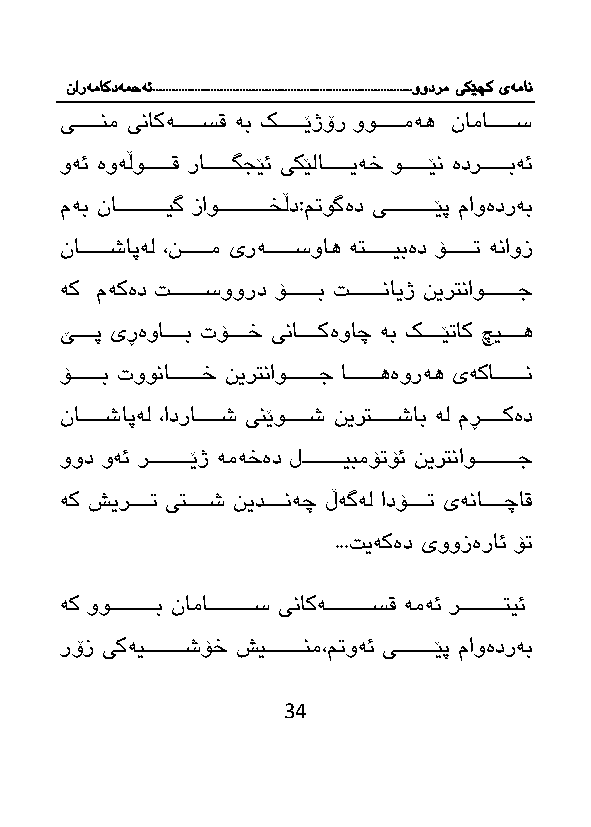
نارەماکدەمحە ئ.................................................................................وودرم یکێچک یەمان
 یاااااااانم یناكەاااااااسق ەب كااااااااێژۆر ووااااااامەه نامااااااااس
 وەئ ەوەڵوااااااااق راااااااااگ ێئ یكێلااااااااایەخ وااااااااێن ەدراااااااابەئ
 مەب نااااااااااااااایگ زاوااااااااااااااخڵد:م وگەد یااااااااااااااێپ ماوەدرەب
 ناااااااااشاپەل ،ناااااااام یرەااااااااسواه ەتاااااااایبەد ۆاااااااا ەناوز
 ەك مەكەد اااااااااسوورد ۆاااااااااب ااااااااانایژ نیرتناواااااااااج
 ێااااااپ یڕەواااااااب تۆااااااخ یناااااااكەواچ ەب كااااااێ اك چیااااااه
 ۆاااااااااب توونااااااااااخ نیرتناواااااااااج ااااااااااهەورەه یەكاااااااااان
 نااااااااشاپەل ،ادرااااااااش ینێواااااااش نیرتاااااااشاب ەل مڕاااااااكەد
 وود وەئ رااااااااااااێژ ەمەخەد لاااااااااااایبمۆ ۆئ نیرتناوااااااااااااج
 ەك شیراااااا یتااااااش نیداااااانەچ ڵەگەل ادۆاااااا یەناااااااچاق
 ... یەكەد یووزەرائ ۆ
 ەك ووااااااااااااب ناماااااااااااااس یناكەااااااااااااسق ەمەئ رااااااااااااتیئ
 رۆز یكەیاااااااااااشۆخ شیااااااااااانم،م وەئ یاااااااااااێپ ماوەدرەب
 34